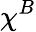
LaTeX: \chi^{B}